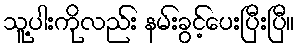
သူ့ပါးကိုလည်း နမ်းခွင့်ပေးပြီးပြီ။